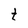
Character: t